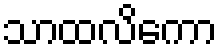
သာထလိကော